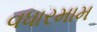
વધારમામ